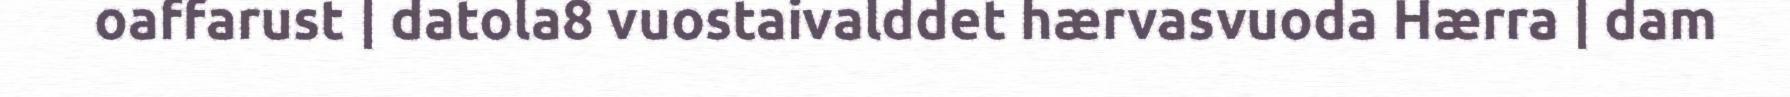
oaffarust | datola8 vuostaivalddet hærvasvuoda Hærra | dam